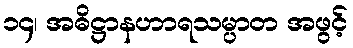
၁၄၊ အဓိဋ္ဌာနဟာရသမ္ပာတ အဖွင့်